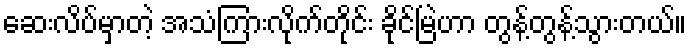
ဆေးလိပ်မှာတဲ့ အသံကြားလိုက်တိုင်း ခိုင်မြဲဟာ တွန့်တွန့်သွားတယ်။